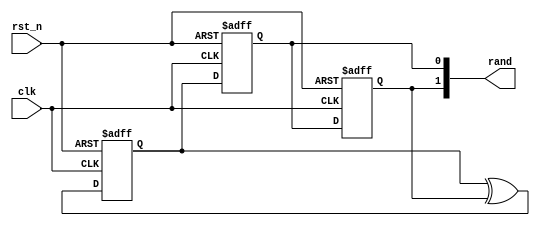
module PNSeqGen(
  input        clk,
  input        rst_n,
  output [1:0] rand
  );

reg s1, s2, s3;
wire s0;

assign s0 = s1 ^ s3;

always @ (posedge clk or negedge rst_n) begin
  if(!rst_n) begin
   s1 <= 1;
   s2 <= 0;
   s3 <= 0;
  end else begin   
   s1 <= s0;
   s2 <= s1;
   s3 <= s2;
  end
end

assign rand = {s3,s2};

endmodule